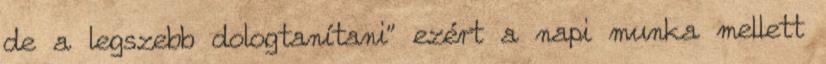
de a legszebb dologtanítani" ezért a napi munka mellett